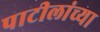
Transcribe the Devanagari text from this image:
पाटीलांच्या